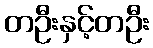
တဦးနှင့်တဦး